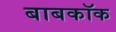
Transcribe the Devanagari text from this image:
बाबकॉक